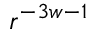
r ^ { - 3 w - 1 }